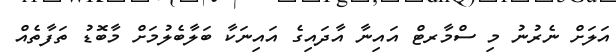
އަލަށް ނެރުނު މި ސްމާރޓް އައިނާ އާދައިގެ އައިނަކާ ބަލާބެލުމަށް މާބޮޑު ތަފާތެއް